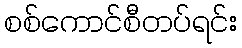
စစ်ကောင်စီတပ်ရင်း